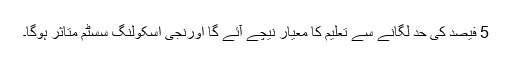
5 فیصد کی حد لگانے سے تعلیم کا معیار نیچے آئے گا اورنجی اسکولنگ سسٹم متاثر ہوگا۔